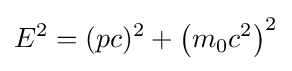
E^{2}=(pc)^{2}+\left(m_{0}c^{2}\right)^{2}